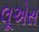
લૂએસ